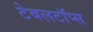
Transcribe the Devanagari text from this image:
टेबलटॉप्स